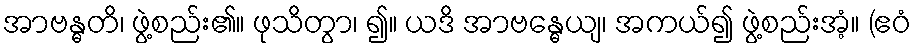
အာဗန္ဓတိ၊ ဖွဲ့စည်း၏။ ဖုသိတွာ၊ ၍။ ယဒိ အာဗန္ဓေယျ၊ အကယ်၍ ဖွဲ့စည်းအံ့။ (ဧဝံ